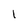
Character: I